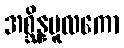
အစ္ဆိန္နမူလကော